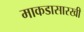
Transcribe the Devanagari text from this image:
माकडासारखी